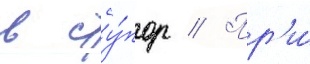
в сту́пор // Пр'и́